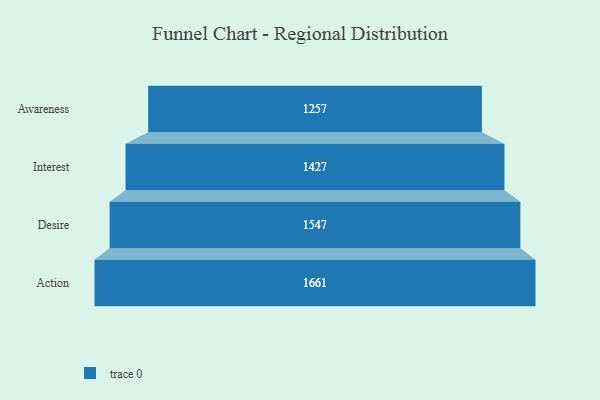
{"axis": {"x": "Stage", "y": "Value"}, "legend": [""], "data": [{"x": "Awareness", "y": 1257.0, "type": ""}, {"x": "Interest", "y": 1427.0, "type": ""}, {"x": "Desire", "y": 1547.0, "type": ""}, {"x": "Action", "y": 1661.0, "type": ""}]}